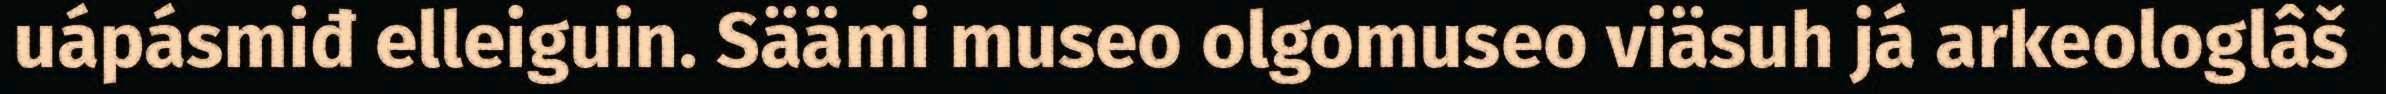
uápásmiđ elleiguin. Säämi museo olgomuseo viäsuh já arkeologlâš